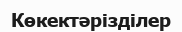
Көкектәрізділер